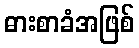
ဓားစာခံအဖြစ်